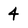
Character: 4